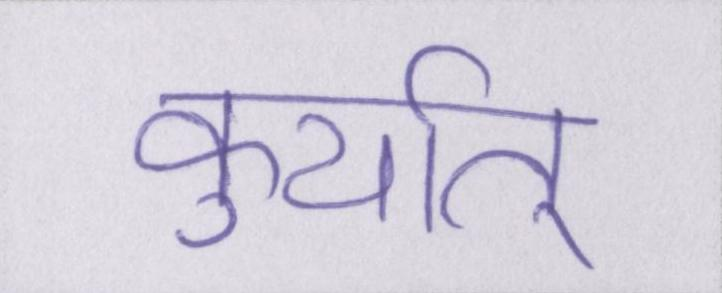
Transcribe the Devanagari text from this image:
कुर्यात्